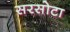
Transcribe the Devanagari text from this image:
सरसोटा